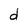
Character: d